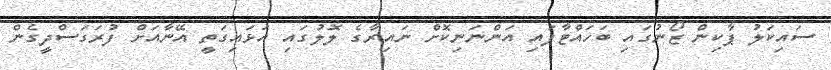
ސައިކަލު ޕާކިން ޒޯނުގައި ބަހައްޓާފައި އަންނަނިކޮށް ނައިރާގެ ލޮލުގައި އަޅައިގަތީ އޭނާއަށް ފުރަގަސްދީގެން